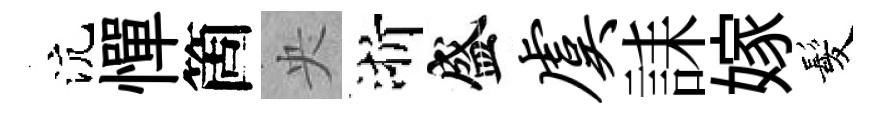
沆憚箇央浙盛虞誄嫁髪